Distribution and causation of leprosy in British India
Year: 1875
Disease focus: Leprosy
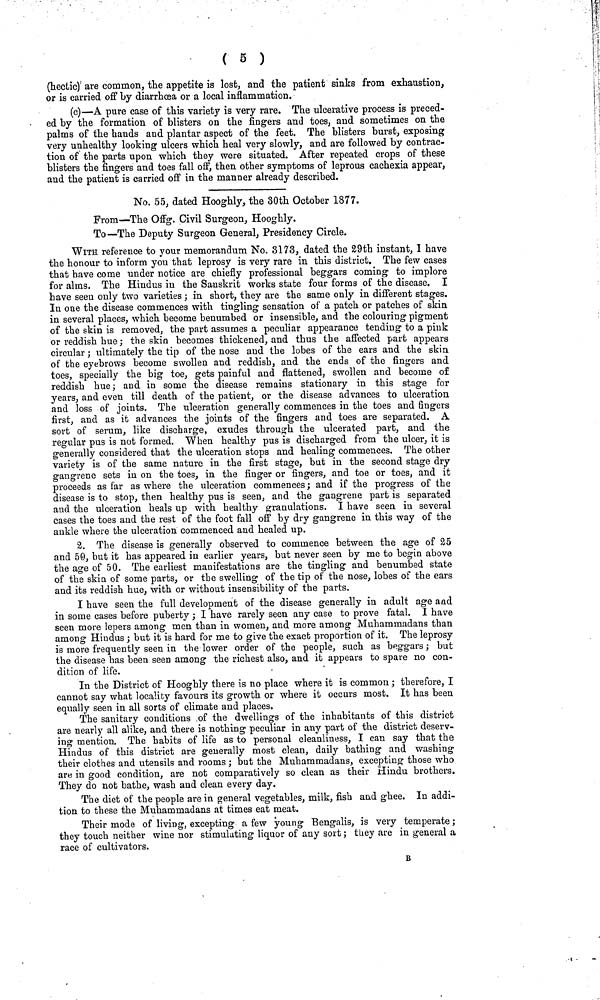
( 5 )
(hectic) are common, the appetite is lost, and the patient sinks from exhaustion,
or is carried off by diarrhoea or a local inflammation.
(c)—A pure case of this variety is very rare. The ulcerative process is preced-
ed by the formation of blisters on the fingers and toes, and sometimes on the
palms of the hands and plantar aspect of the feet. The blisters burst, exposing
very unhealthy looking ulcers which heal very slowly, and are followed by contrac-
tion of the parts upon which they were situated. After repeated crops of these
blisters the fingers and toes fall off, then other symptoms of leprous cachexia appear,
and the patient is carried off in the manner already described.
No. 55, dated Hooghly, the 30th October 1877.
From—The Offg. Civil Surgeon, Hooghly.
To—The Deputy Surgeon General, Presidency Circle.
WITH reference to your memorandum No. 3173, dated the 29th instant, I have
the honour to inform you that leprosy is very rare in this district. The few cases
that have come under notice are chiefly professional beggars coming to implore
for alms. The Hindus in the Sanskrit works state four forms of the disease. I
have seen only two varieties ; in short, they are the same only in different stages.
In one the disease commences with tingling sensation of a patch or patches of skin
in several places, which become benumbed or insensible, and the colouring pigment
of the skin is removed, the part assumes a peculiar appearance tending to a pink
or reddish hue ; the skin becomes thickened, and thus the affected part appears
circular ; ultimately the tip of the nose and the lobes of the ears and the skin
of the eyebrows become swollen and reddish, and the ends of the fingers and
toes, specially the big toe, gets painful and flattened, swollen and become of
reddish hue; and in some the disease remains stationary in this stage for
years, and even till death of the patient, or the disease advances to ulcération
and loss of joints. The ulceration generally commences in the toes and fingers
first, and as it advances the joints of the fingers and toes are separated. A
sort of serum, like discharge, exudes through the ulcerated part, and the
regular pus is not formed. When healthy pus is discharged from the ulcer, it is
generally considered that the ulcération stops and healing commences. The other
variety is of the same nature in the first stage, but in the second stage dry
gangrene sets in on the toes, in the finger or fingers, and toe or toes, and it
proceeds as far as where the ulcération commences; and if the progress of the
disease is to stop, then healthy pus is seen, and the gangrene part is separated
and the ulcération heals up with healthy granulations. I have seen in several
cases the toes and the rest of the foot fall off by dry gangrene in this way of the
ankle where the ulcération commenced and healed up.
2. The disease is generally observed to commence between the age of 25
and 50, but it has appeared in earlier years, but never seen by me to begin above
the age of 50. The earliest manifestations are the tingling and benumbed state
of the skin of some parts, or the swelling of the tip of the nose, lobes of the ears
and its reddish hue, with or without insensibility of the parts.
I have seen the full development of the disease generally in adult age and
in some cases before puberty ; I have rarely seen any case to prove fatal. I have
seen more lepers among men than in women, and more among Muhammadans than
among Hindus ; but it is hard for me to give the exact proportion of it. The leprosy
is more frequently seen in the lower order of the people, such as beggars ; but
the disease has been seen among the richest also, and it appears to spare no con-
dition of life.
In the District of Hooghly there is no place where it is common ; therefore, I
cannot say what locality favours its growth or where it occurs most. It has been
equally seen in all sorts of climate and places.
The sanitary conditions of the dwellings of the inhabitants of this district
are nearly all alike, and there is nothing peculiar in any part of the district deserv-
ing mention. The habits of life as to personal cleanliness, I can say that the
Hindus of this district are generally most clean, daily bathing and washing
their clothes and utensils and rooms ; but the Muhammadans, excepting those who
are in good condition, are not comparatively so clean as their Hindu brothers.
They do not bathe, wash and clean every day.
The diet of the people are in general vegetables, milk, fish and ghee. In addi-
tion to these the Muhammadans at times eat meat.
Their mode of living, excepting a few young Bengalis, is very temperate ;
they touch neither wine nor stimulating liquor of any sort ; they are in general a
race of cultivators.
B